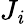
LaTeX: J_{\mathit{i}}